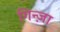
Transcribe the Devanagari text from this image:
गिन्ज़ा